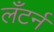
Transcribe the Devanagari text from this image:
लँटर्न